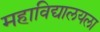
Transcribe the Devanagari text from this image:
महाविद्यालयला